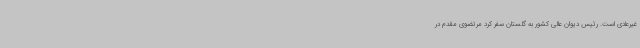
غیرعادی است. رئیس دیوان عالی کشور به گلستان سفر کرد مرتضوی مقدم در